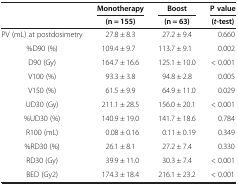
<table><thead><tr><td rowspan="2"><b> </b></td><td><b>Monotherapy</b></td><td><b>Boost</b></td><td><b>P value</b></td></tr><tr><td><b>(n = 155)</b></td><td><b>(n = 63)</b></td><td><b>(<i>t</i>-test)</b></td></tr></thead><tbody><tr><td>PV (mL) at postdosimetry</td><td>27.8 ± 8.3</td><td>27.2 ± 9.4</td><td>0.660</td></tr><tr><td>%D90 (%)</td><td>109.4 ± 9.7</td><td>113.7 ± 9.1</td><td>0.002</td></tr><tr><td>D90 (Gy)</td><td>164.7 ± 16.6</td><td>125.1 ± 10.0</td><td>&lt; 0.001</td></tr><tr><td>V100 (%)</td><td>93.3 ± 3.8</td><td>94.8 ± 2.8</td><td>0.005</td></tr><tr><td>V150 (%)</td><td>61.5 ± 9.9</td><td>64.9 ± 11.0</td><td>0.029</td></tr><tr><td>UD30 (Gy)</td><td>211.1 ± 28.5</td><td>156.0 ± 20.1</td><td>&lt; 0.001</td></tr><tr><td>%UD30 (%)</td><td>140.9 ± 19.0</td><td>141.7 ± 18.6</td><td>0.784</td></tr><tr><td>R100 (mL)</td><td>0.08 ± 0.16</td><td>0.11 ± 0.19</td><td>0.349</td></tr><tr><td>%RD30 (%)</td><td>26.1 ± 8.1</td><td>27.2 ± 7.4</td><td>0.330</td></tr><tr><td>RD30 (Gy)</td><td>39.9 ± 11.0</td><td>30.3 ± 7.4</td><td>&lt; 0.001</td></tr><tr><td>BED (Gy2)</td><td>174.3 ± 18.4</td><td>216.1 ± 23.2</td><td>&lt; 0.001</td></tr></tbody></table>